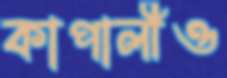
কাপালীও